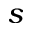
s